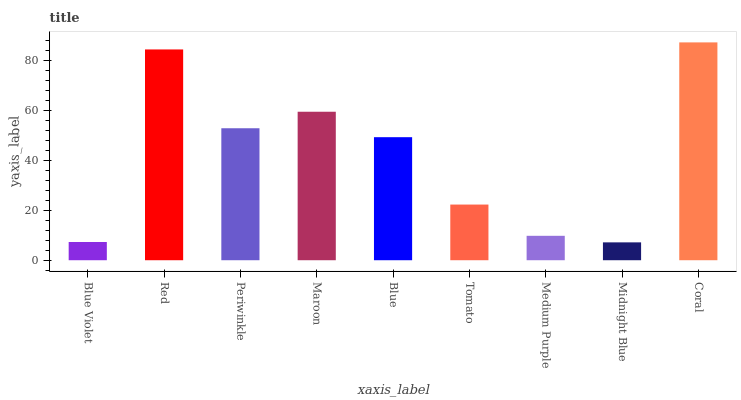
| xaxis_label | bars |
 | --- | --- |
 | Blue Violet | 7.32 |
 | Red | 84.6 |
 | Periwinkle | 53 |
 | Maroon | 59.6 |
 | Blue | 49.4 |
 | Tomato | 22.3 |
 | Medium Purple | 9.8 |
 | Midnight Blue | 7.17 |
 | Coral | 87.4 |